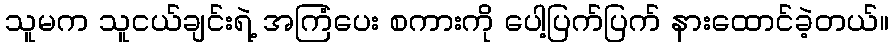
သူမက သူငယ်ချင်းရဲ့ အကြံပေး စကားကို ပေါ့ပြက်ပြက် နားထောင်ခဲ့တယ်။